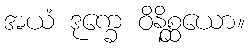
အယံ ဒုက္ခေ ဝိနိစ္ဆယော။